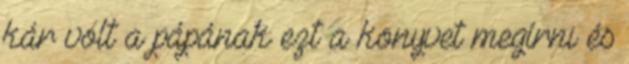
kár volt a pápának ezt a könyvet megírni és